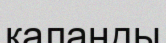
қаланды